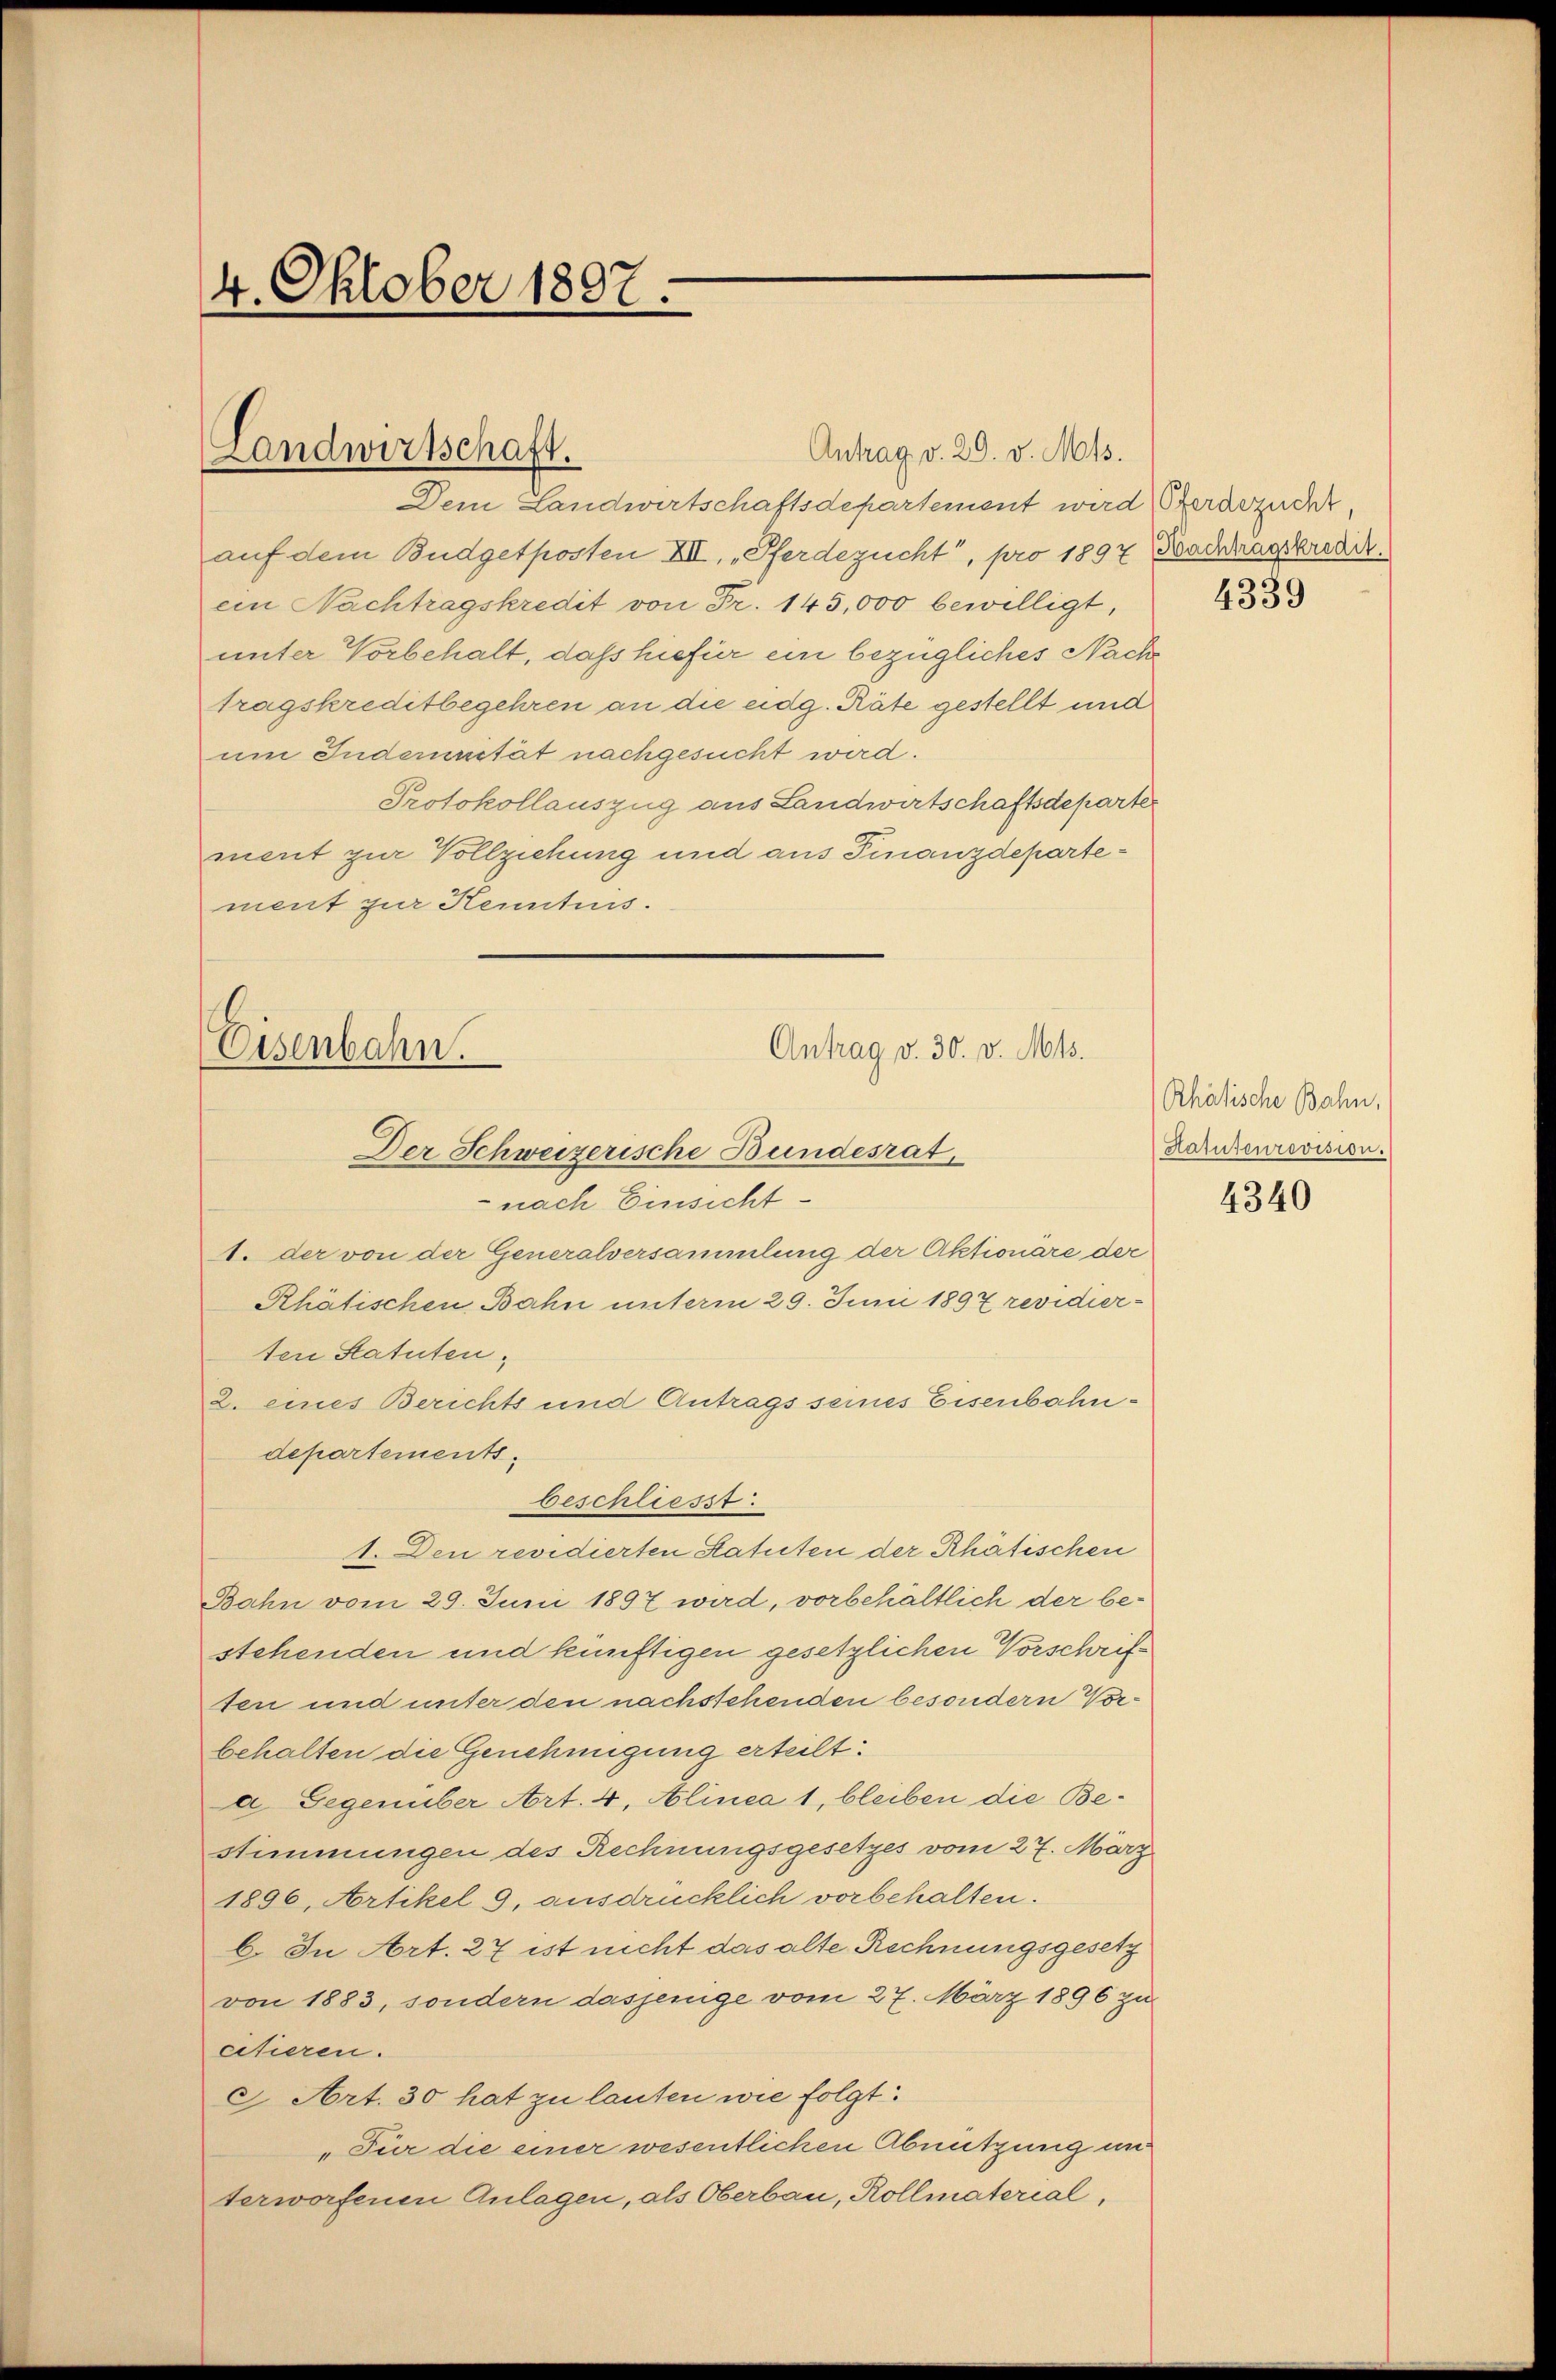
4. Oktober 1887.

Dem Landwirtschaftsdepartement wird Stadezudet,
auf dem Budgetposten XII. Pferdezucht, pro 1897 Dachtragskredit.
ein Nachtragskredit von Fr. 145,000 bewilligt,
unter Vorbehalt, daß hiefür ein bezügliches Nachs
tragskreditbegehren an die eidg. Räte gestellt und
um Indernität nachgesucht wird.
Protokollauszug aus Landwirtschaftsdeparter
ment zur Vollziehung und aus Finanzdepartement zur Kenntnis.

Landwirtschaft.

Antrag v. 29. v. Mts.

Antrag v. 30. v. Mts.
Eisenbahn.
Der Schweizerische Bundesrat

nach Einsicht
1. der von der Generalversammlung der Aktionäre der
Rhätischen Bahn unterm 29. Juni 1897 revidierten Statuten,
2. eines Berichts und Antrags seines Eisenbahndepartements
beschliesst.
1. Den revidierten Statuten der Rhätischen
Bahn vom 29. Juni 1897 wird, vorbehältlich der bestehenden und künftigen gesetzlichen Vorschrift
sen und unter den nachsschenden besondern Vorbehalten die Genehmigung erteilt:
a Gegenüber Art. 4, Alinea 1, bleiben die Bestimmungen des Rechnungsgesetzes vom 27. März
1896, Artikel 9, ausdrücklich vorbehalten.
b. In Art. 27 ist nicht das alte Rechnungsgesetz
von 1883, sondern dasjenige vom 27. März 1896 zu
citieren.
9 Art. 30 hat zu lauten wie folgt:
„Für die einer wesentlichen Abnützung in
terworfenen Anlagen, als Oberbau, Kollmaterial,

4339

Rhätische Bahn,
Hatutenrevision.

4340